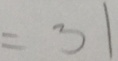
= 3 1